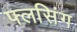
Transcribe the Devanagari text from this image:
फ्लसिंग